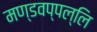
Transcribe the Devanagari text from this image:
मण्डवप्पल्लि